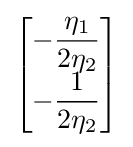
{\begin{bmatrix}-{\dfrac {\eta _{1}}{2\eta _{2}}}\\[1ex]-{\dfrac {1}{2\eta _{2}}}\end{bmatrix}}